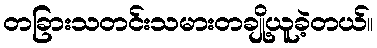
တခြားသတင်းသမားတချို့ယူခဲ့တယ်။